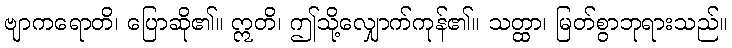
ဗျာကရောတိ၊ ပြောဆို၏။ ဣတိ၊ ဤသို့လျှောက်ကုန်၏။ သတ္ထာ၊ မြတ်စွာဘုရားသည်။